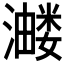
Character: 𭳂